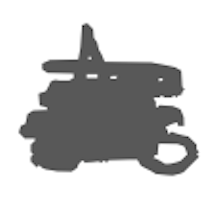
Text: As
Cross-out: scratch
Writing tool: digital_gray